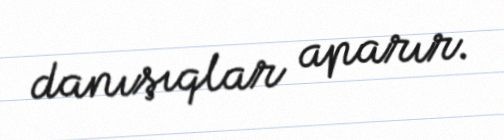
danışıqlar aparır.